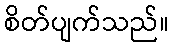
စိတ်ပျက်သည်။